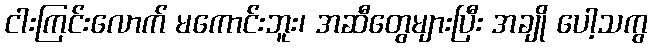
ငါးကြင်းလောက် မကောင်းဘူး၊ အဆီတွေများပြီး အချို ပေါ့သကွ